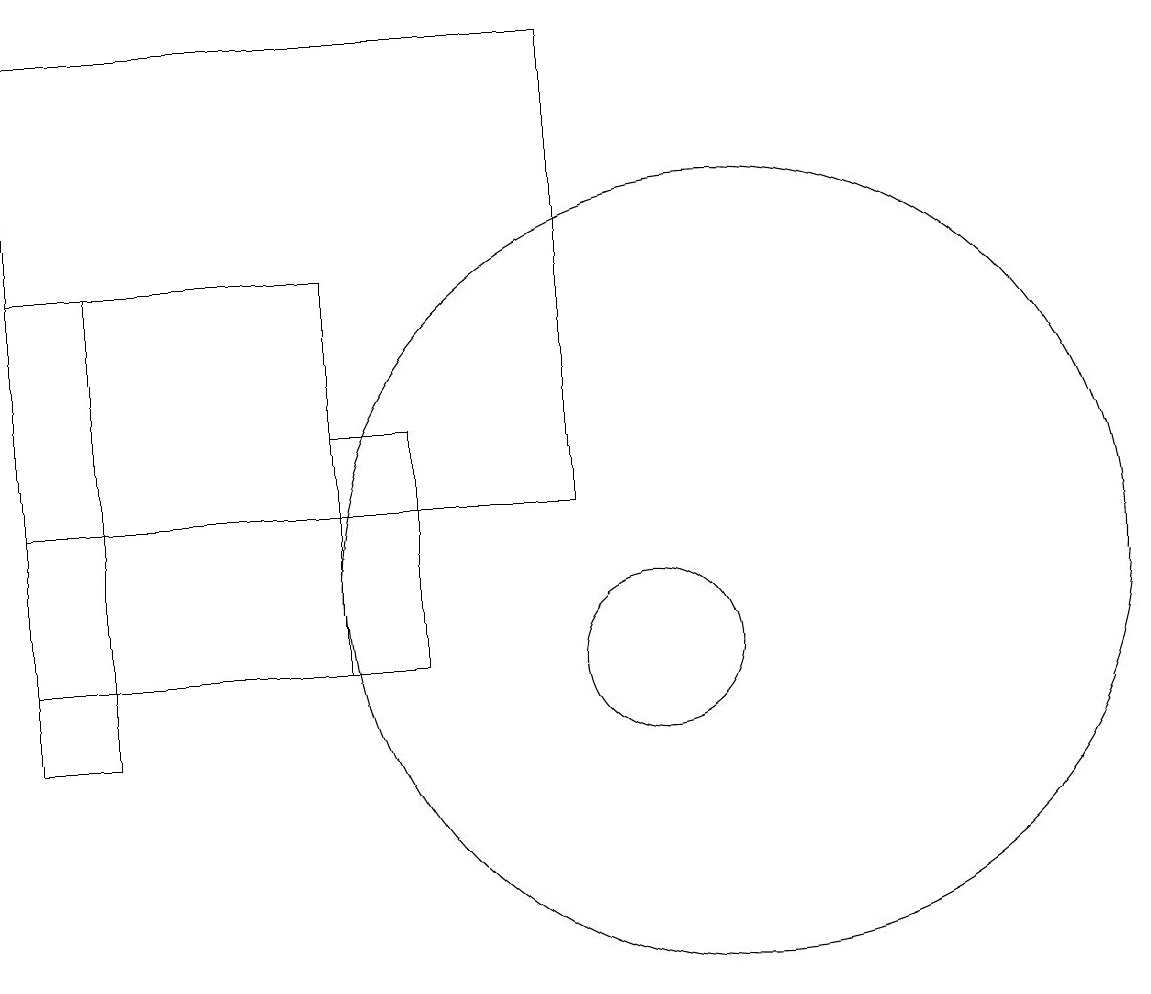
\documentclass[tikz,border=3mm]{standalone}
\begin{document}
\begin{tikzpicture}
\draw (6,14) rectangle (7,11);
\draw (6,16) rectangle (2,11);
\draw (11,12) circle (5);
\draw (10,11) circle (1);
\draw (9,19) rectangle (2,13);
\draw (2,10) rectangle (3,16);
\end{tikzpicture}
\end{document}